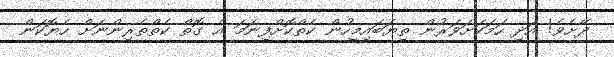
ދޭށެވެ! އަދި ހަމަކަށަވަރުން ތިޔަބައިމީހުން ކެތްކޮށްފިނަމަ އެ ގޮތް ކެތްތެރިންނަށް ހެޔޮކަން